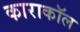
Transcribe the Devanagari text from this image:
काराकॉल